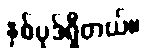
နှစ်ပုဒ်ရှိတယ်။